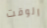
الوقت